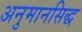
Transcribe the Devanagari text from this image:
अनुमानसिद्ध